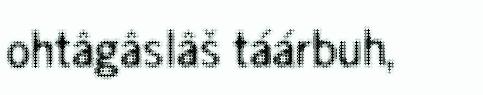
ohtâgâslâš táárbuh,